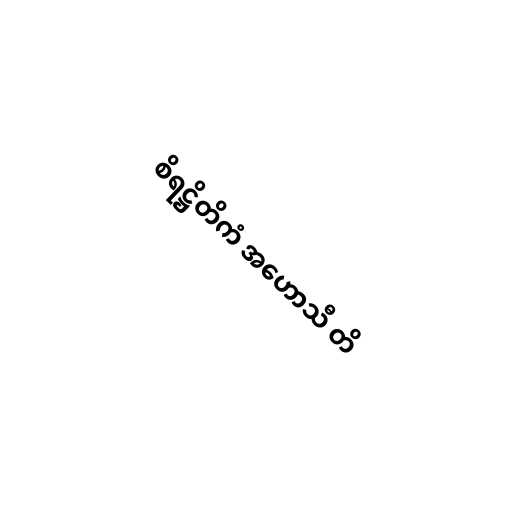
စိရဋ္ဌိတိကံ အဟောသီ တိ